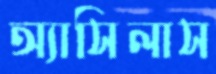
অ্যাসিলাস